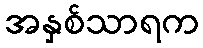
အနှစ်သာရက